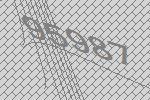
95987